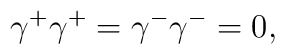
{\gamma}^{+}{\gamma}^{+} = {\gamma}^{-}{\gamma}^{-} =0,